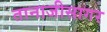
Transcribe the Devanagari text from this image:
तानाजीसागर